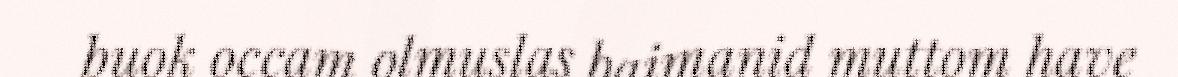
buok occam olmuslas baimanid muttom have